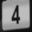
Digit: 4